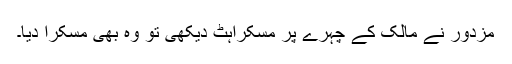
مزدور نے مالک کے چہرے پر مسکراہٹ دیکھی تو وہ بھی مسکرا دیا۔